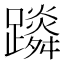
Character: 𨆴